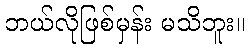
ဘယ်လိုဖြစ်မှန်း မသိဘူး။